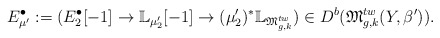
\begin{align*}E^{\bullet}_{\mu'}:=(E^{\bullet}_2[-1]\rightarrow \mathbb{L}_{\mu'_{2}}[-1]\rightarrow (\mu'_2)^*\mathbb{L}_{\mathfrak{M}_{g,k}^{tw}})\in D^b(\mathfrak{M}_{g,k}^{tw}(Y,\beta')).\end{align*}